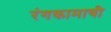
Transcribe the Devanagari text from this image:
रंगकामाची